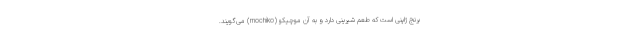
برنج ژاپنی است که طعم شیرینی دارد و به آن موچیکو (mochiko) می‌گویند.